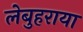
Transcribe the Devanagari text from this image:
लेबुहराया